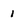
Character: 1